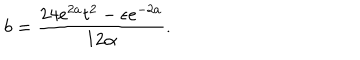
b = \frac { 2 4 e ^ { 2 a } t ^ { 2 } - \epsilon e ^ { - 2 a } } { 1 2 \alpha } .